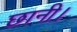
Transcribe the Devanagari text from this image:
छानी।